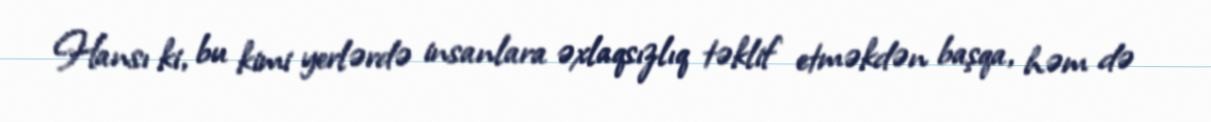
Hansı ki, bu kimi yerlərdə insanlara əxlaqsızlıq təklif etməkdən başqa, həm də